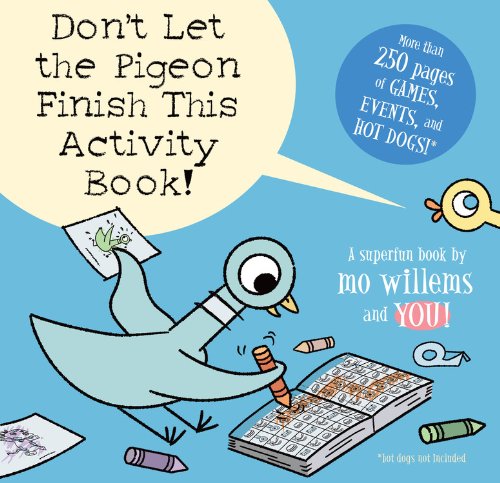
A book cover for Don't Let the Pigeon Finish This Activity Book!; Mo Willems; Children's Books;